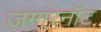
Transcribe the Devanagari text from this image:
जग्गरनॉट